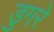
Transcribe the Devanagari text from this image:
डुगरे